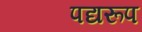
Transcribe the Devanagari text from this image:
पद्यरूप